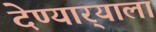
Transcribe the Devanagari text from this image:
देण्यार्‍याला